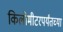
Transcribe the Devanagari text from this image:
किलोमीटरपर्यंतच्या